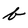
Character: b